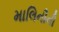
માલિનીની